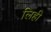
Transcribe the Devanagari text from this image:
लिही